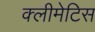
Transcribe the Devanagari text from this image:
क्लीमेटिस